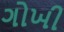
ગોખી